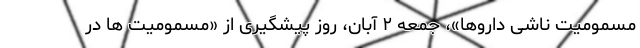
مسمومیت ناشی داروها»، جمعه ۲ آبان، روز پیشگیری از «مسمومیت ها در